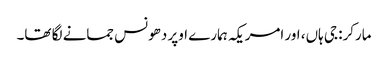
مارکر: جی ہاں، اور امریکہ ہمارے اوپر دھونس جمانے لگا تھا۔